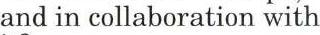
and in collaboration with